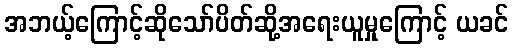
အဘယ့်ကြောင့်ဆိုသော်ပိတ်ဆို့အရေးယူမှုကြောင့် ယခင်